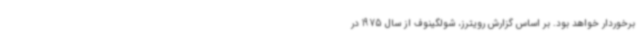
برخوردار خواهد بود. بر اساس گزارش رویترز، شولگینوف از سال 1975 در